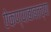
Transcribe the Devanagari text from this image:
ऐकण्याबाबतच्या